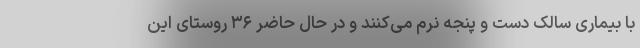
با بیماری سالک دست و پنجه نرم می‌کنند و در حال حاضر ۳۶ روستای این